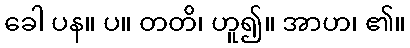
ခေါ ပန။ ပ။ တတိ၊ ဟူ၍။ အာဟ၊ ၏။